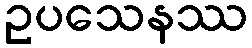
ဥပသေနဿ